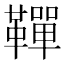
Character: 𩍍